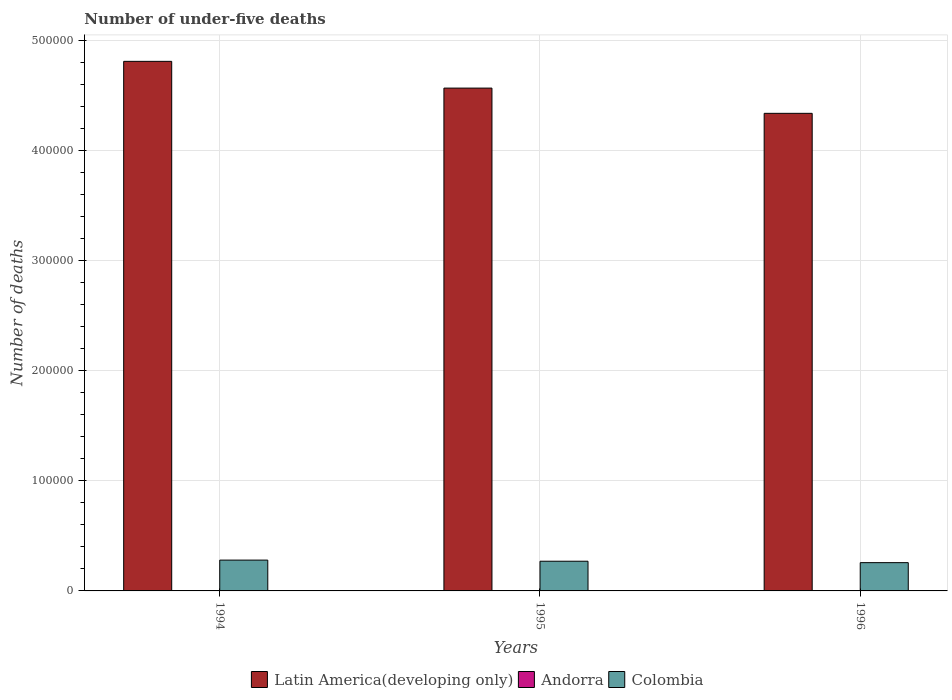
| Years | Latin America(developing only) | Andorra | Colombia |
 | --- | --- | --- | --- |
 | 1994 | 4.81e+05 | 4 | 2.8e+04 |
 | 1995 | 4.56e+05 | 4 | 2.7e+04 |
 | 1996 | 4.34e+05 | 4 | 2.57e+04 |